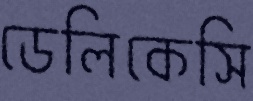
ডেলিকেসি